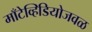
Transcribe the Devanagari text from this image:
माँटेव्हिडियोजवळ